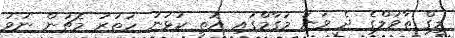
ލީގް ތާވަލްގެ ދެ ވަނަ މަގާމްގައި އޮތީ ކުޅުނު ހަތަރު މެޗުން ނުވަ